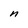
Character: n